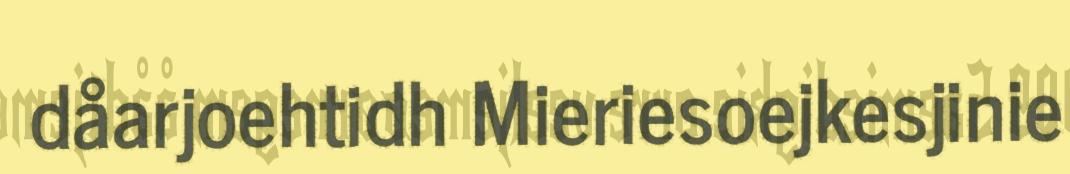
dåarjoehtidh Mieriesoejkesjinie